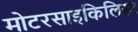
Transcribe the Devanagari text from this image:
मोटरसाइकिलिस्ट